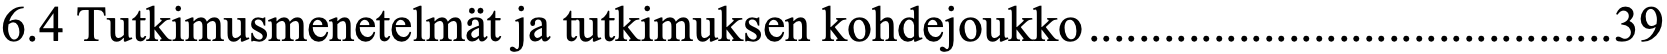
6.4 Tutkimusmenetelmät ja tutkimuksen kohdejoukko .......................................... 39